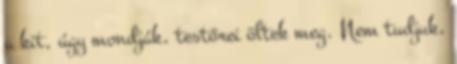
a kit, úgy mondják, testőrei öltek meg. Nem tudjuk,